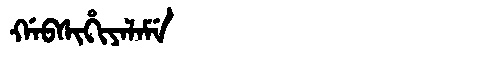
Manchu: ᡤᠠᠪᠰᡳᡥᡳᠶᠠᠯᠠᠮᡝ
Romanization: GABSIHIYALAME